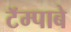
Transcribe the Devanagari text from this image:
टॅम्पाबे